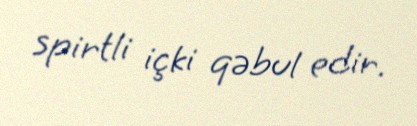
spirtli içki qəbul edir.